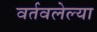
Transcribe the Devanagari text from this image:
वर्तवलेल्या